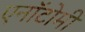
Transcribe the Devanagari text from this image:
एनॉटोमी